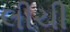
લીચી